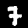
Digit: 7